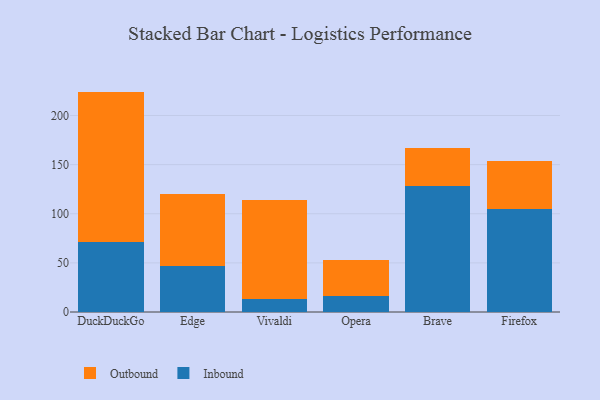
{"axis": {"x": "Browser", "y": "Operating Costs (USD K)"}, "legend": ["Inbound", "Outbound"], "data": [{"x": "DuckDuckGo", "y": 71.4, "type": "Inbound"}, {"x": "DuckDuckGo", "y": 152.9, "type": "Outbound"}, {"x": "Edge", "y": 47.3, "type": "Inbound"}, {"x": "Edge", "y": 72.3, "type": "Outbound"}, {"x": "Vivaldi", "y": 13.7, "type": "Inbound"}, {"x": "Vivaldi", "y": 99.8, "type": "Outbound"}, {"x": "Opera", "y": 16.4, "type": "Inbound"}, {"x": "Opera", "y": 36.8, "type": "Outbound"}, {"x": "Brave", "y": 128.4, "type": "Inbound"}, {"x": "Brave", "y": 38.7, "type": "Outbound"}, {"x": "Firefox", "y": 104.8, "type": "Inbound"}, {"x": "Firefox", "y": 49.3, "type": "Outbound"}]}